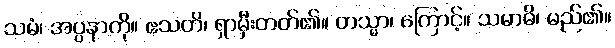
သမံ၊ အပ္ပနာကို။ ဧသတိ၊ ရှာမှီးတတ်၏။ တသ္မာ၊ ကြောင့်။ သမာဓိ၊ မည်၏။